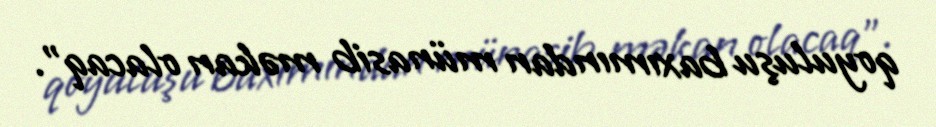
qoyuluşu baxımından münasib məkan olacaq".